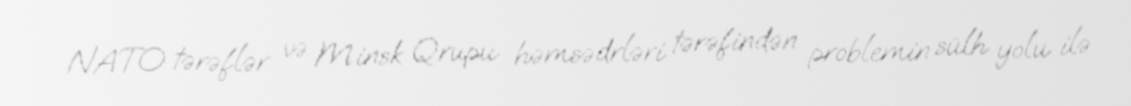
NATO tərəflər və Minsk Qrupu həmsədrləri tərəfindən problemin sülh yolu ilə